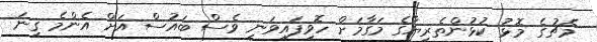
މެޗުގެ މޮޅު ކުޅުންތެރިޔާގެ މަގާމަށް ހޮވިފައިވަނީ ވެސް ބައުސް އަށް އެންމެ ގިނަ